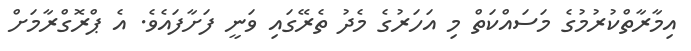
އިމާރާތްކުރުމުގެ މަސައްކަތް މި އަހަރުގެ މެދު ތެރޭގައި ވަނީ ފަށާފައެވެ. އެ ޕްރޮގްރާމަށް